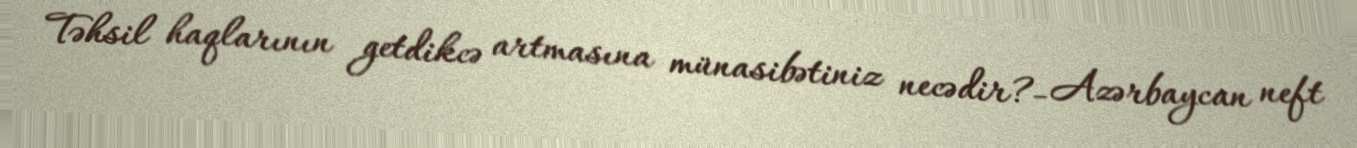
Təhsil haqlarının getdikcə artmasına münasibətiniz necədir?- Azərbaycan neft